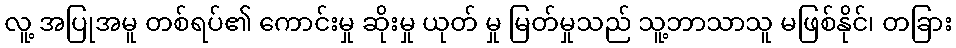
လူ့ အပြုအမူ တစ်ရပ်၏ ကောင်းမှု ဆိုးမှု ယုတ် မှု မြတ်မှုသည် သူ့ဘာသာသူ မဖြစ်နိုင်၊ တခြား